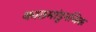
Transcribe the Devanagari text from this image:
काठमांडूनजिक